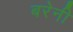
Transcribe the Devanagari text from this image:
बरेनी